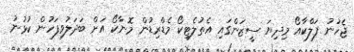
ޖެހުނު ފަލްކާއޯ މިދިޔަ ސީޒަންގައި އެތުލެޓިކޯ މެޑްރިޑުން މޮނާކޯ އަށް ބަދަލުވިފަހުން ކުޅުނު